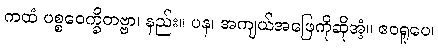
ကထံ ပစ္စဝေက္ခိတဗ္ဗာ၊ နည်း။ ပန၊ အကျယ်အဖြေကိုဆိုအံ့။ ဧဝရူပေ၊